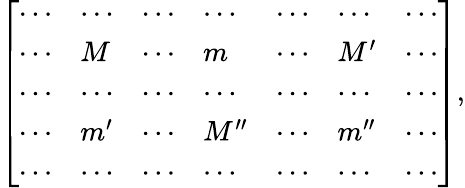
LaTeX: \begin{array}{r}{\left[\begin{array}{lllllll}{\cdots}&{\cdots}&{\cdots}&{\cdots}&{\cdots}&{\cdots}&{\cdots}\\ {\cdots}&{M}&{\cdots}&{m}&{\cdots}&{M^{\prime}}&{\cdots}\\ {\cdots}&{\cdots}&{\cdots}&{\cdots}&{\cdots}&{\cdots}&{\cdots}\\ {\cdots}&{m^{\prime}}&{\cdots}&{M^{\prime\prime}}&{\cdots}&{m^{\prime\prime}}&{\cdots}\\ {\cdots}&{\cdots}&{\cdots}&{\cdots}&{\cdots}&{\cdots}&{\cdots}\end{array}\right],}\end{array}